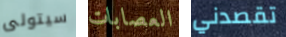
سيتولى العصابات تقصدني